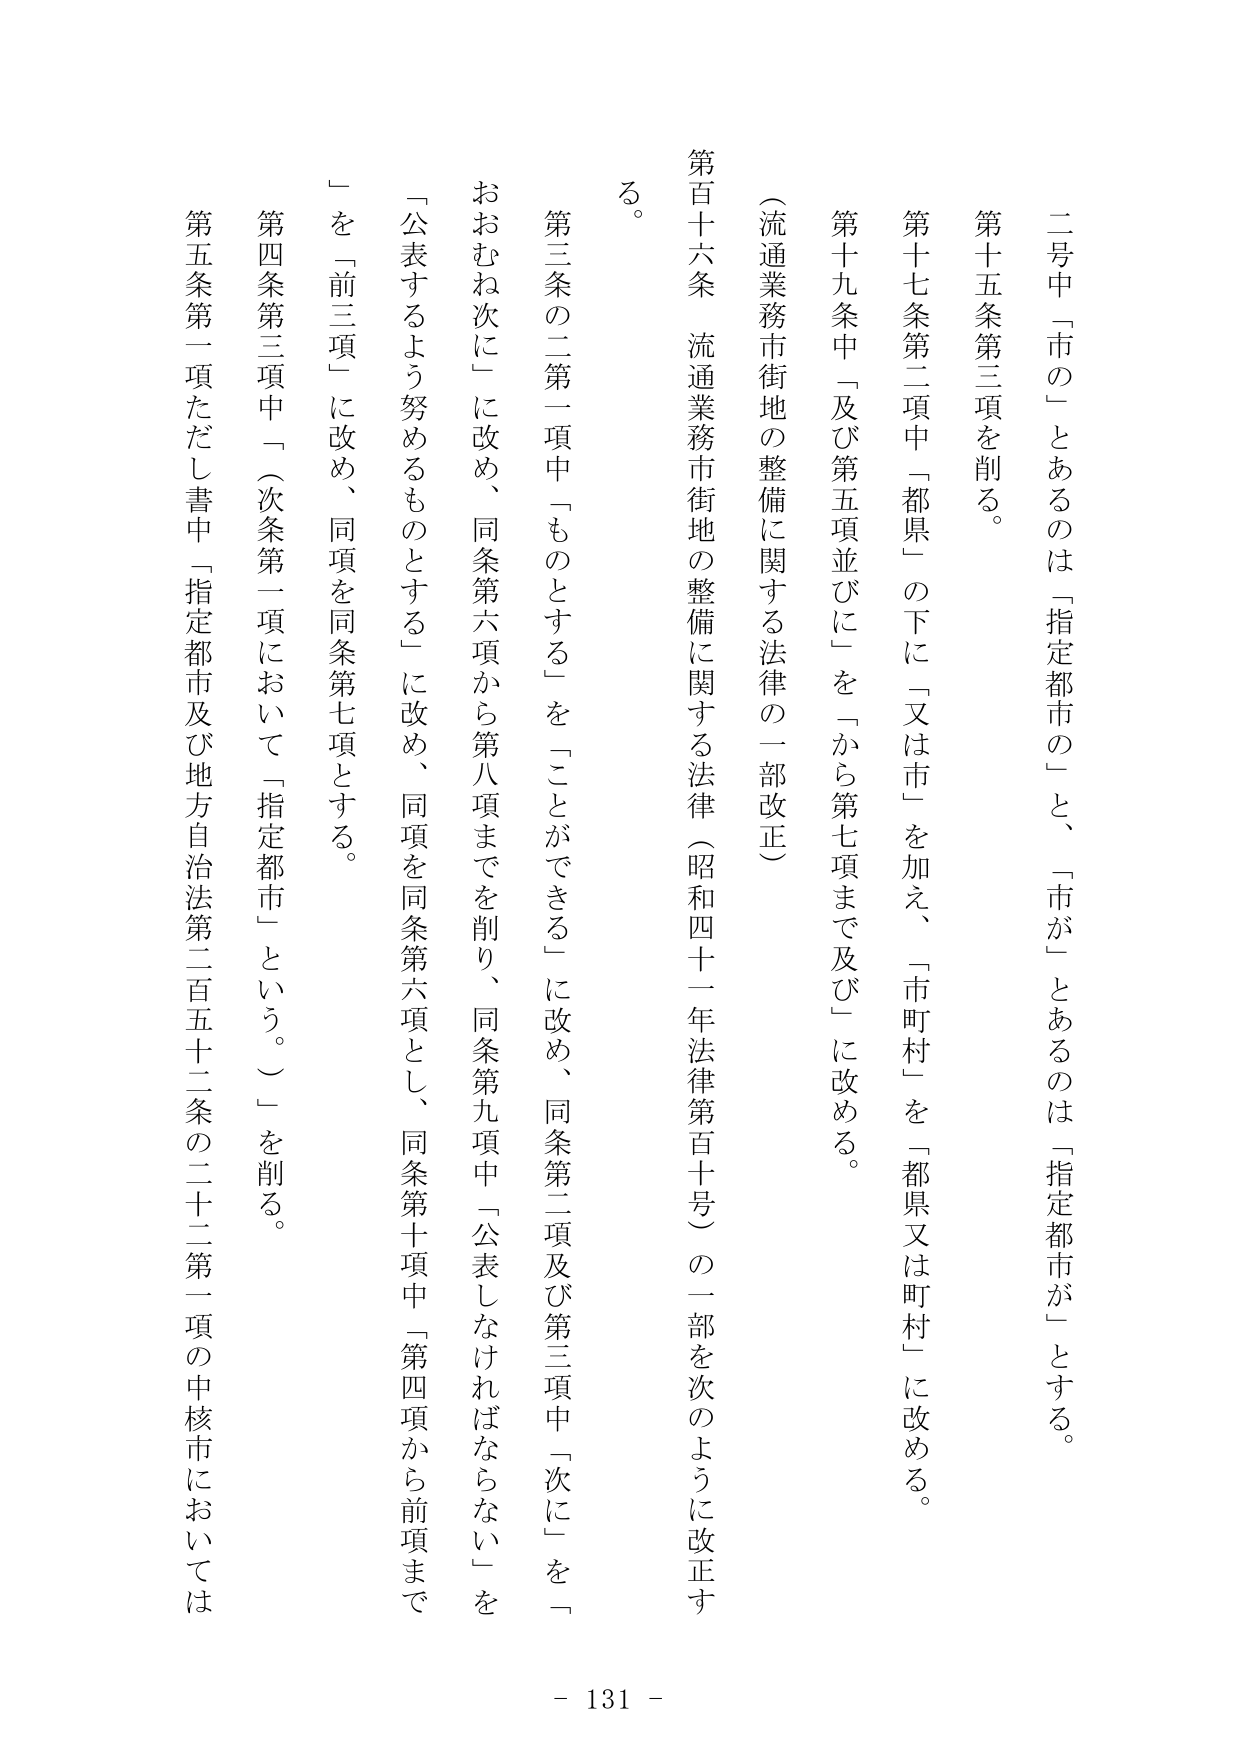
二号中「市 の」とあるのは「指定都市の」と、「市が」とあるのは「指定都市が」とする。

第十五条第三項を削る。

第十七条第二項中「都県」の下に「又は市」を加え、「市町村」を「都県又は町村」に改める。

第十九条中「及び第五項並びに」を「から第七項まで及び」に改める。

（流通業務市街地の整備に関する法律の一部改正）

第百十六条 流通業務市街地の整備に関する法律（昭和四十一年法律第百十号）の一部を次のように改正する。

第三条の二第一項中「ものとする」を「ことができる」に改め、同条第二項及び第三項中「次に」を「おおむね次に」に改め、同条第六項から第八項までを削り、同条第九項中「公表しなければならない」を「公表するよう努めるものとする」に改め、同項を同条第六項とし、同条第十項中「第四項から前項まで」を「前三項」に改め、同項を同条第七項とする。

第四条第三項中「（次条第一項において「指定都市」という。）」を削る。

第五条第一項ただし書中「指定都市及び地方自治法第二百五十二条の二十二第一項の中核市においては

- 131 -